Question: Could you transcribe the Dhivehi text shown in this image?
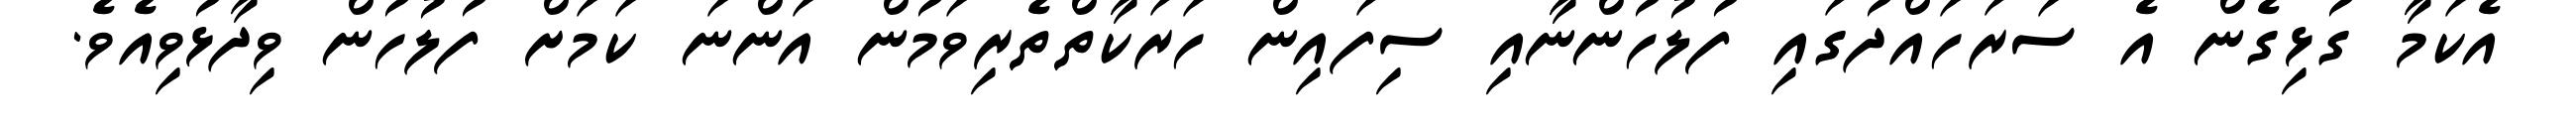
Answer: އެކަމާ ގުޅިގެން އެ ސަރަހައްދުގައި ފުލުހުންނާއި ސިފައިން ހަރަކާތްތެރިވަމުން އަންނަ ކަމަށް ފުލުހުން ވިދާޅުވިއެވެ.